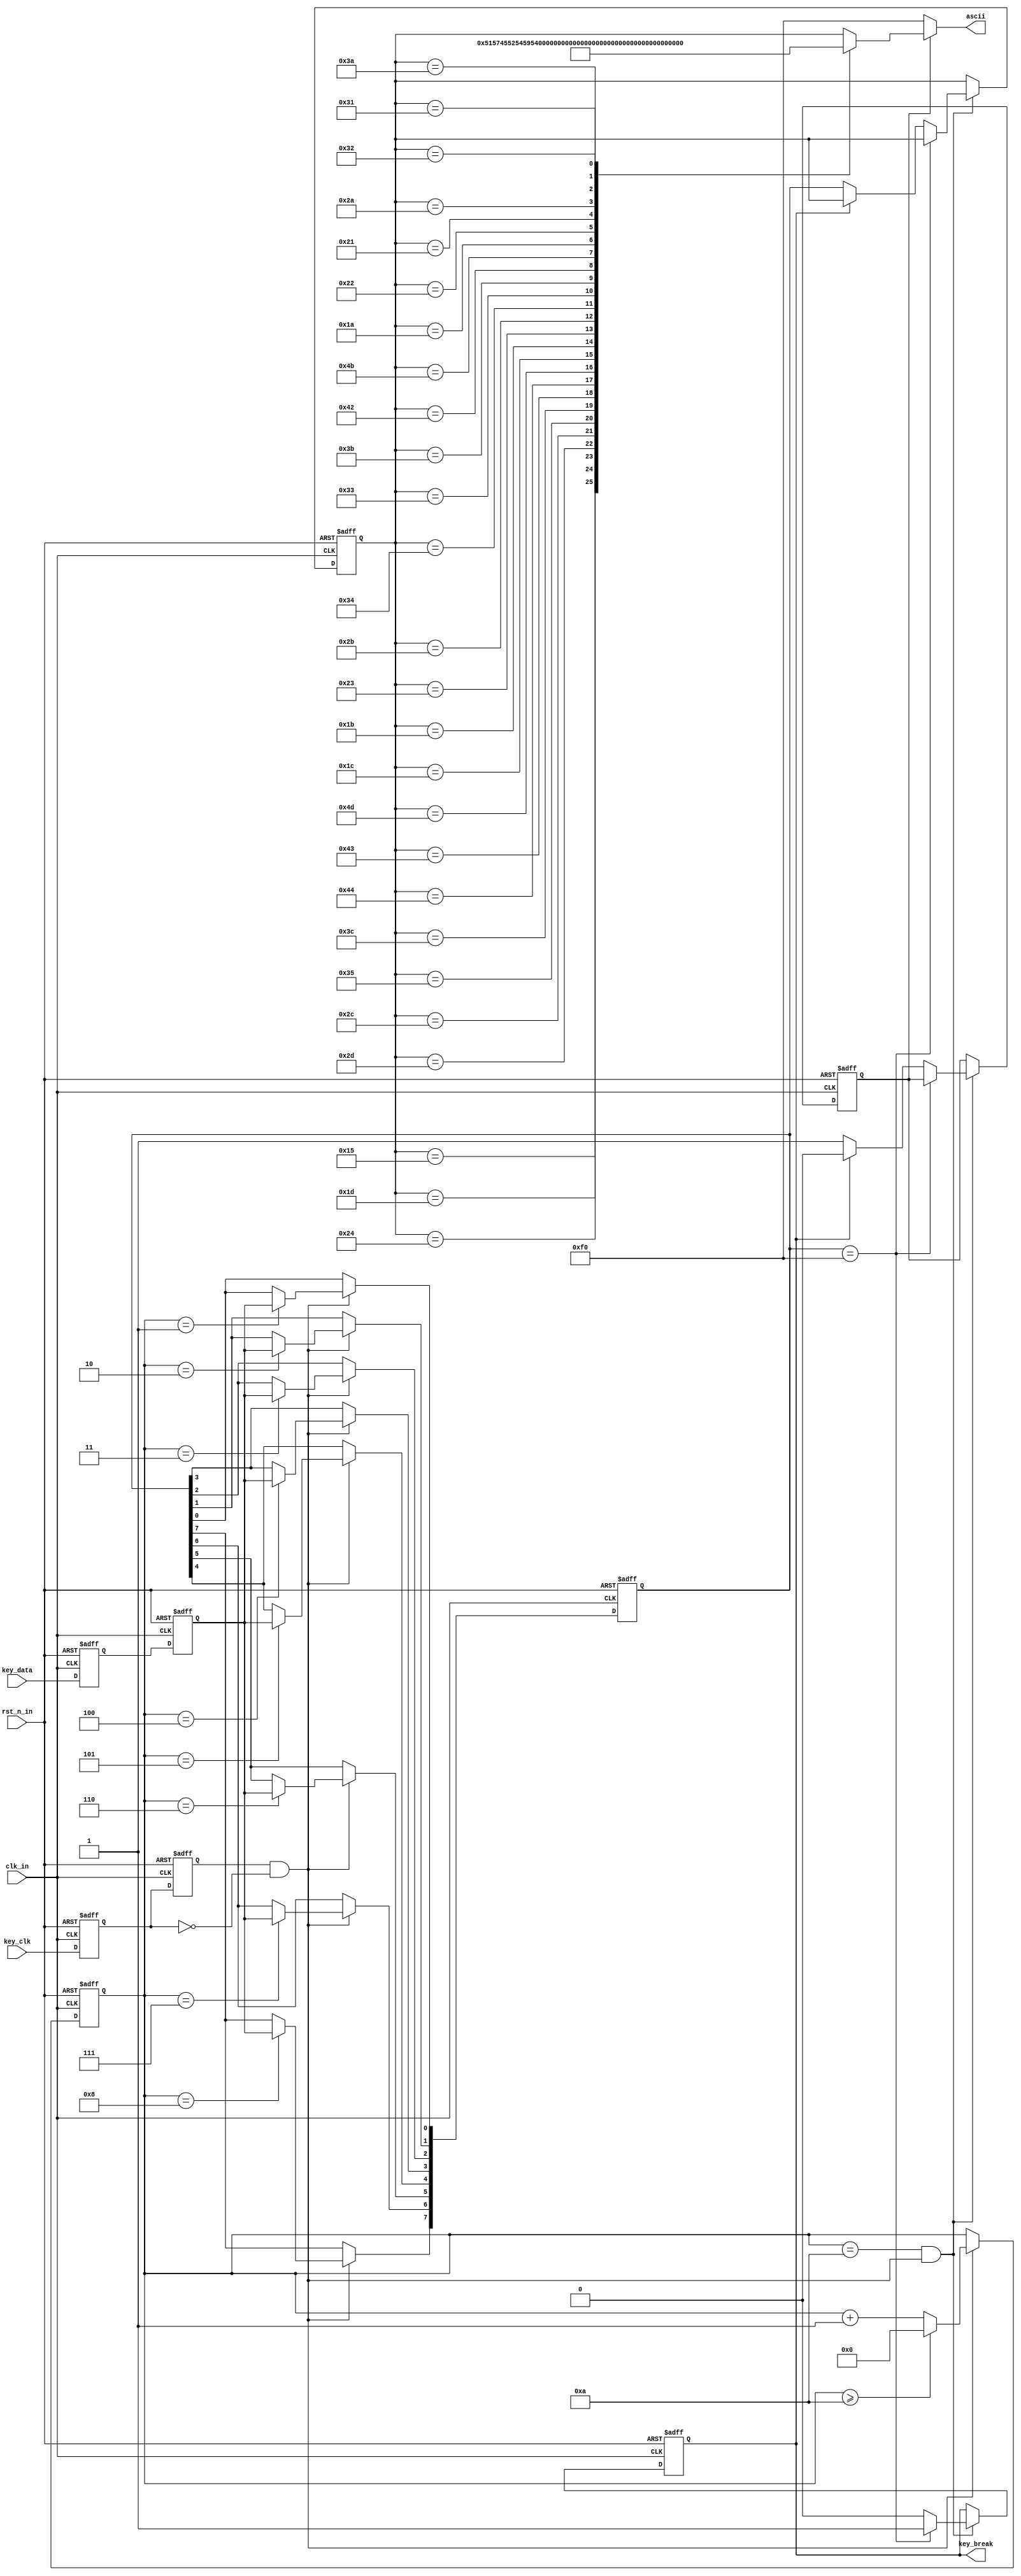
module Keyboard_PS2
(
input					clk_in,				
input					rst_n_in,			
input					key_clk,			
input					key_data,				
output	[7:0]		ascii,
output key_break		
);
 

reg		key_clk_r0 = 1'b1,key_clk_r1 = 1'b1; 
reg		key_data_r0 = 1'b1,key_data_r1 = 1'b1;
reg		[7:0]	key_ascii;
reg 		key_state;
assign ascii = key_state == 1 ? key_ascii : 8'hf0;
always @ (posedge clk_in or negedge rst_n_in) begin
	if(!rst_n_in) begin
		key_clk_r0 <= 1'b1;
		key_clk_r1 <= 1'b1;
		key_data_r0 <= 1'b1;
		key_data_r1 <= 1'b1;
	end else begin
		key_clk_r0 <= key_clk;
		key_clk_r1 <= key_clk_r0;
		key_data_r0 <= key_data;
		key_data_r1 <= key_data_r0;
	end
end
 

wire	key_clk_neg = key_clk_r1 & (~key_clk_r0); 
 
reg				[3:0]	cnt; 
reg				[7:0]	temp_data;

always @ (posedge clk_in or negedge rst_n_in) begin
	if(!rst_n_in) begin
		cnt <= 4'd0;
		temp_data <= 8'd0;
	end else if(key_clk_neg) begin 
		if(cnt >= 4'd10) cnt <= 4'd0;
		else cnt <= cnt + 1'b1;
		case (cnt)
			4'd0: ;	
			4'd1: temp_data[0] <= key_data_r1;  
			4'd2: temp_data[1] <= key_data_r1;  
			4'd3: temp_data[2] <= key_data_r1;  
			4'd4: temp_data[3] <= key_data_r1;  
			4'd5: temp_data[4] <= key_data_r1;  
			4'd6: temp_data[5] <= key_data_r1;  
			4'd7: temp_data[6] <= key_data_r1;  
			4'd8: temp_data[7] <= key_data_r1;  
			4'd9: ;	
			4'd10:;	
			default: ;
		endcase
	end
end
 
reg				key_break = 1'b0;   
reg				[7:0]	key_byte = 1'b0;

always @ (posedge clk_in or negedge rst_n_in) begin 
	if(!rst_n_in) begin
		key_break <= 1'b0;
		key_state <= 1'b0;
		key_byte <= 1'b0;
	end else if(cnt==4'd10 && key_clk_neg) begin 
		if(temp_data == 8'hf0) key_break <= 1'b1;	
		else if(!key_break) begin 
			key_state <= 1'b1;
			key_byte <= temp_data; 
		end else begin	
			key_state <= 1'b0;
			key_break <= 1'b0;
		end
	end
end
 

always @ (key_byte) begin
	case (key_byte)    //translate key_byte to key_ascii
		8'h15: key_ascii = "Q";//8'h51;   //Q
		8'h1d: key_ascii = "W";//8'h57;   //W
		8'h24: key_ascii = "E";//8'h45;   //E
		8'h2d: key_ascii = "R";//8'h52;   //R
		8'h2c: key_ascii = "T";//8'h54;   //T
		8'h35: key_ascii = "Y";//8'h59;   //Y
		8'h3c: key_ascii = "U";//8'h55;   //U
		8'h43: key_ascii = "I";//8'h49;   //I
		8'h44: key_ascii = "O";//8'h4f;   //O
		8'h4d: key_ascii = "P";//8'h50;   //P
		8'h1c: key_ascii = "A";//8'h41;   //A
		8'h1b: key_ascii = "S";//8'h53;   //S
		8'h23: key_ascii = "D";//8'h44;   //D
		8'h2b: key_ascii = "F";//8'h46;   //F
		8'h34: key_ascii = "G";//8'h47;   //G
		8'h33: key_ascii = "H";//8'h48;   //H
		8'h3b: key_ascii = "J";//8'h4a;   //J
		8'h42: key_ascii = "K";//8'h4b;   //K
		8'h4b: key_ascii = "L";//8'h4c;   //L
		8'h1a: key_ascii = "Z";//8'h5a;   //Z
		8'h22: key_ascii = "X";//8'h58;   //X
		8'h21: key_ascii = "C";//8'h43;   //C
		8'h2a: key_ascii = "V";//8'h56;   //V
		8'h32: key_ascii = "B";//8'h42;   //B
		8'h31: key_ascii = "N";//8'h4e;   //N
		8'h3a: key_ascii = "M";//8'h4d;   //M
		default: key_ascii = key_byte;
	endcase
end
 
endmodule